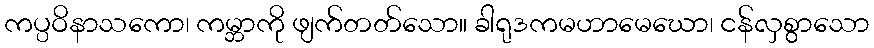
ကပ္ပဝိနာသကော၊ ကမ္ဘာကို ဖျက်တတ်သော။ ခါရုဒကမဟာမေဃော၊ ငန်လှစွာသော